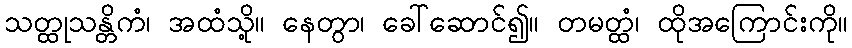
သတ္ထုသန္တိကံ၊ အထံသို့။ နေတွာ၊ ခေါ်ဆောင်၍။ တမတ္ထံ၊ ထိုအကြောင်းကို။